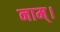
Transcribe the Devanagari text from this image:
नाम्।